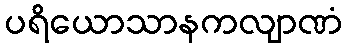
ပရိယောသာနကလျာဏံ